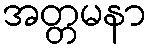
အတ္တမနာ